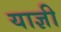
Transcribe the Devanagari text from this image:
याज्ञी